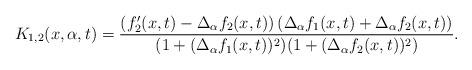
LaTeX: \begin{align*}K_{1,2}(x,\alpha,t) = \frac{\left( f_2'(x,t) - \Delta_\alpha f_2(x,t) \right) \left( \Delta_\alpha f_1(x,t) + \Delta_\alpha f_2(x,t) \right)}{(1 + (\Delta_\alpha f_1(x,t))^2)(1 + (\Delta_\alpha f_2(x,t))^2)}.\end{align*}